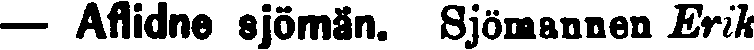
— Aflidne sjömän. Sjömannen Erik